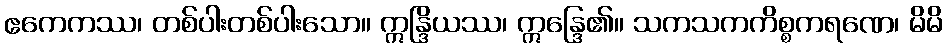
ဧကေကဿ၊ တစ်ပါးတစ်ပါးသော။ ဣန္ဒြိယဿ၊ ဣန္ဒြေ၏။ သကသကကိစ္စကရဏေ၊ မိမိ